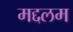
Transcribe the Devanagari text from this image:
मद्दलम